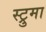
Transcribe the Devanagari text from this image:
स्ट्रुमा